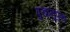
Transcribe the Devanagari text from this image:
पुखानुपुंख